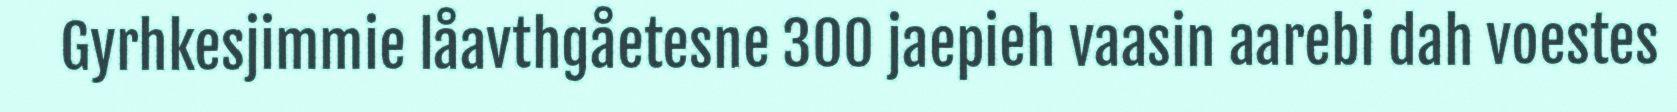
Gyrhkesjimmie låavthgåetesne 300 jaepieh vaasin aarebi dah voestes